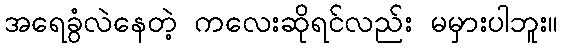
အရေခွံလဲနေတဲ့ ကလေးဆိုရင်လည်း မမှားပါဘူး။